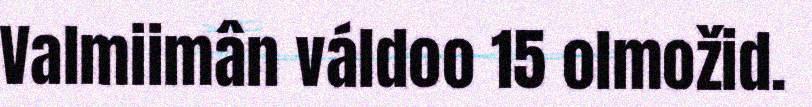
Valmiimân váldoo 15 olmožid.